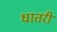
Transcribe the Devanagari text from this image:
धातरी